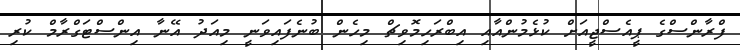
ފްރާންސްގެ ޕީއެސްޖީއަށް ކުޅެމުންއާއި އިބްރަހިމޮވިޗް މިހެން ބުނެފައިވަނީ މިއަދު އޭނާ އިންސްޓަގްރާމް ކުރި